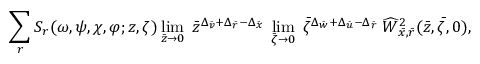
\sum _ { r } S _ { r } ( \omega , \psi , \chi , \varphi ; z , \zeta ) \operatorname * { l i m } _ { \bar { z } \rightarrow 0 } \; \bar { z } ^ { \Delta _ { \bar { v } } + \Delta _ { \bar { r } } - \Delta _ { \bar { x } } } \; \operatorname * { l i m } _ { \bar { \zeta } \rightarrow 0 } \; \bar { \zeta } ^ { \Delta _ { \bar { w } } + \Delta _ { \bar { u } } - \Delta _ { \bar { r } } } \; \widehat { W } _ { \bar { x } , \bar { r } } ^ { 2 } ( \bar { z } , \bar { \zeta } , 0 ) ,